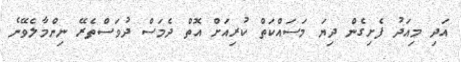
އަދި މިއަދު ފެށިގެން ދިޔަ މަސައްކަތް ކުރިއަށް އޮތް ދެމަސް ދުވަސްތެރޭ ނިންމާލެވޭނެ